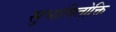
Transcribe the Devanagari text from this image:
सुभाषितोक्ति